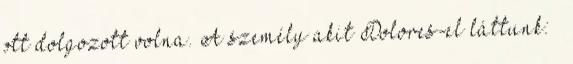
ott dolgozott volna. A személy akit Dolores-el láttunk: –